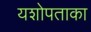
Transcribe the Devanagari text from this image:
यशोपताका